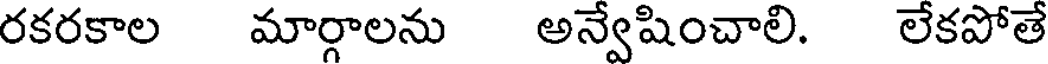
రకరకాల మార్గాలను అన్వేషించాలి. లేకపోతే